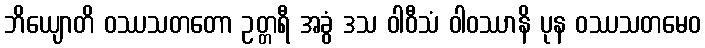
ဘိယျောတိ ဝဿသတတော ဥတ္တရီ အခွံ ဒသ ဝါဝီသံ ဝါဝဿာနိ ပုန ဝဿသတမေဝ